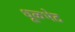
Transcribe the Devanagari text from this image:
धूळभेट